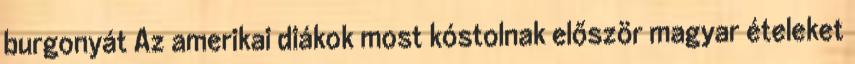
burgonyát Az amerikai diákok most kóstolnak először magyar ételeket